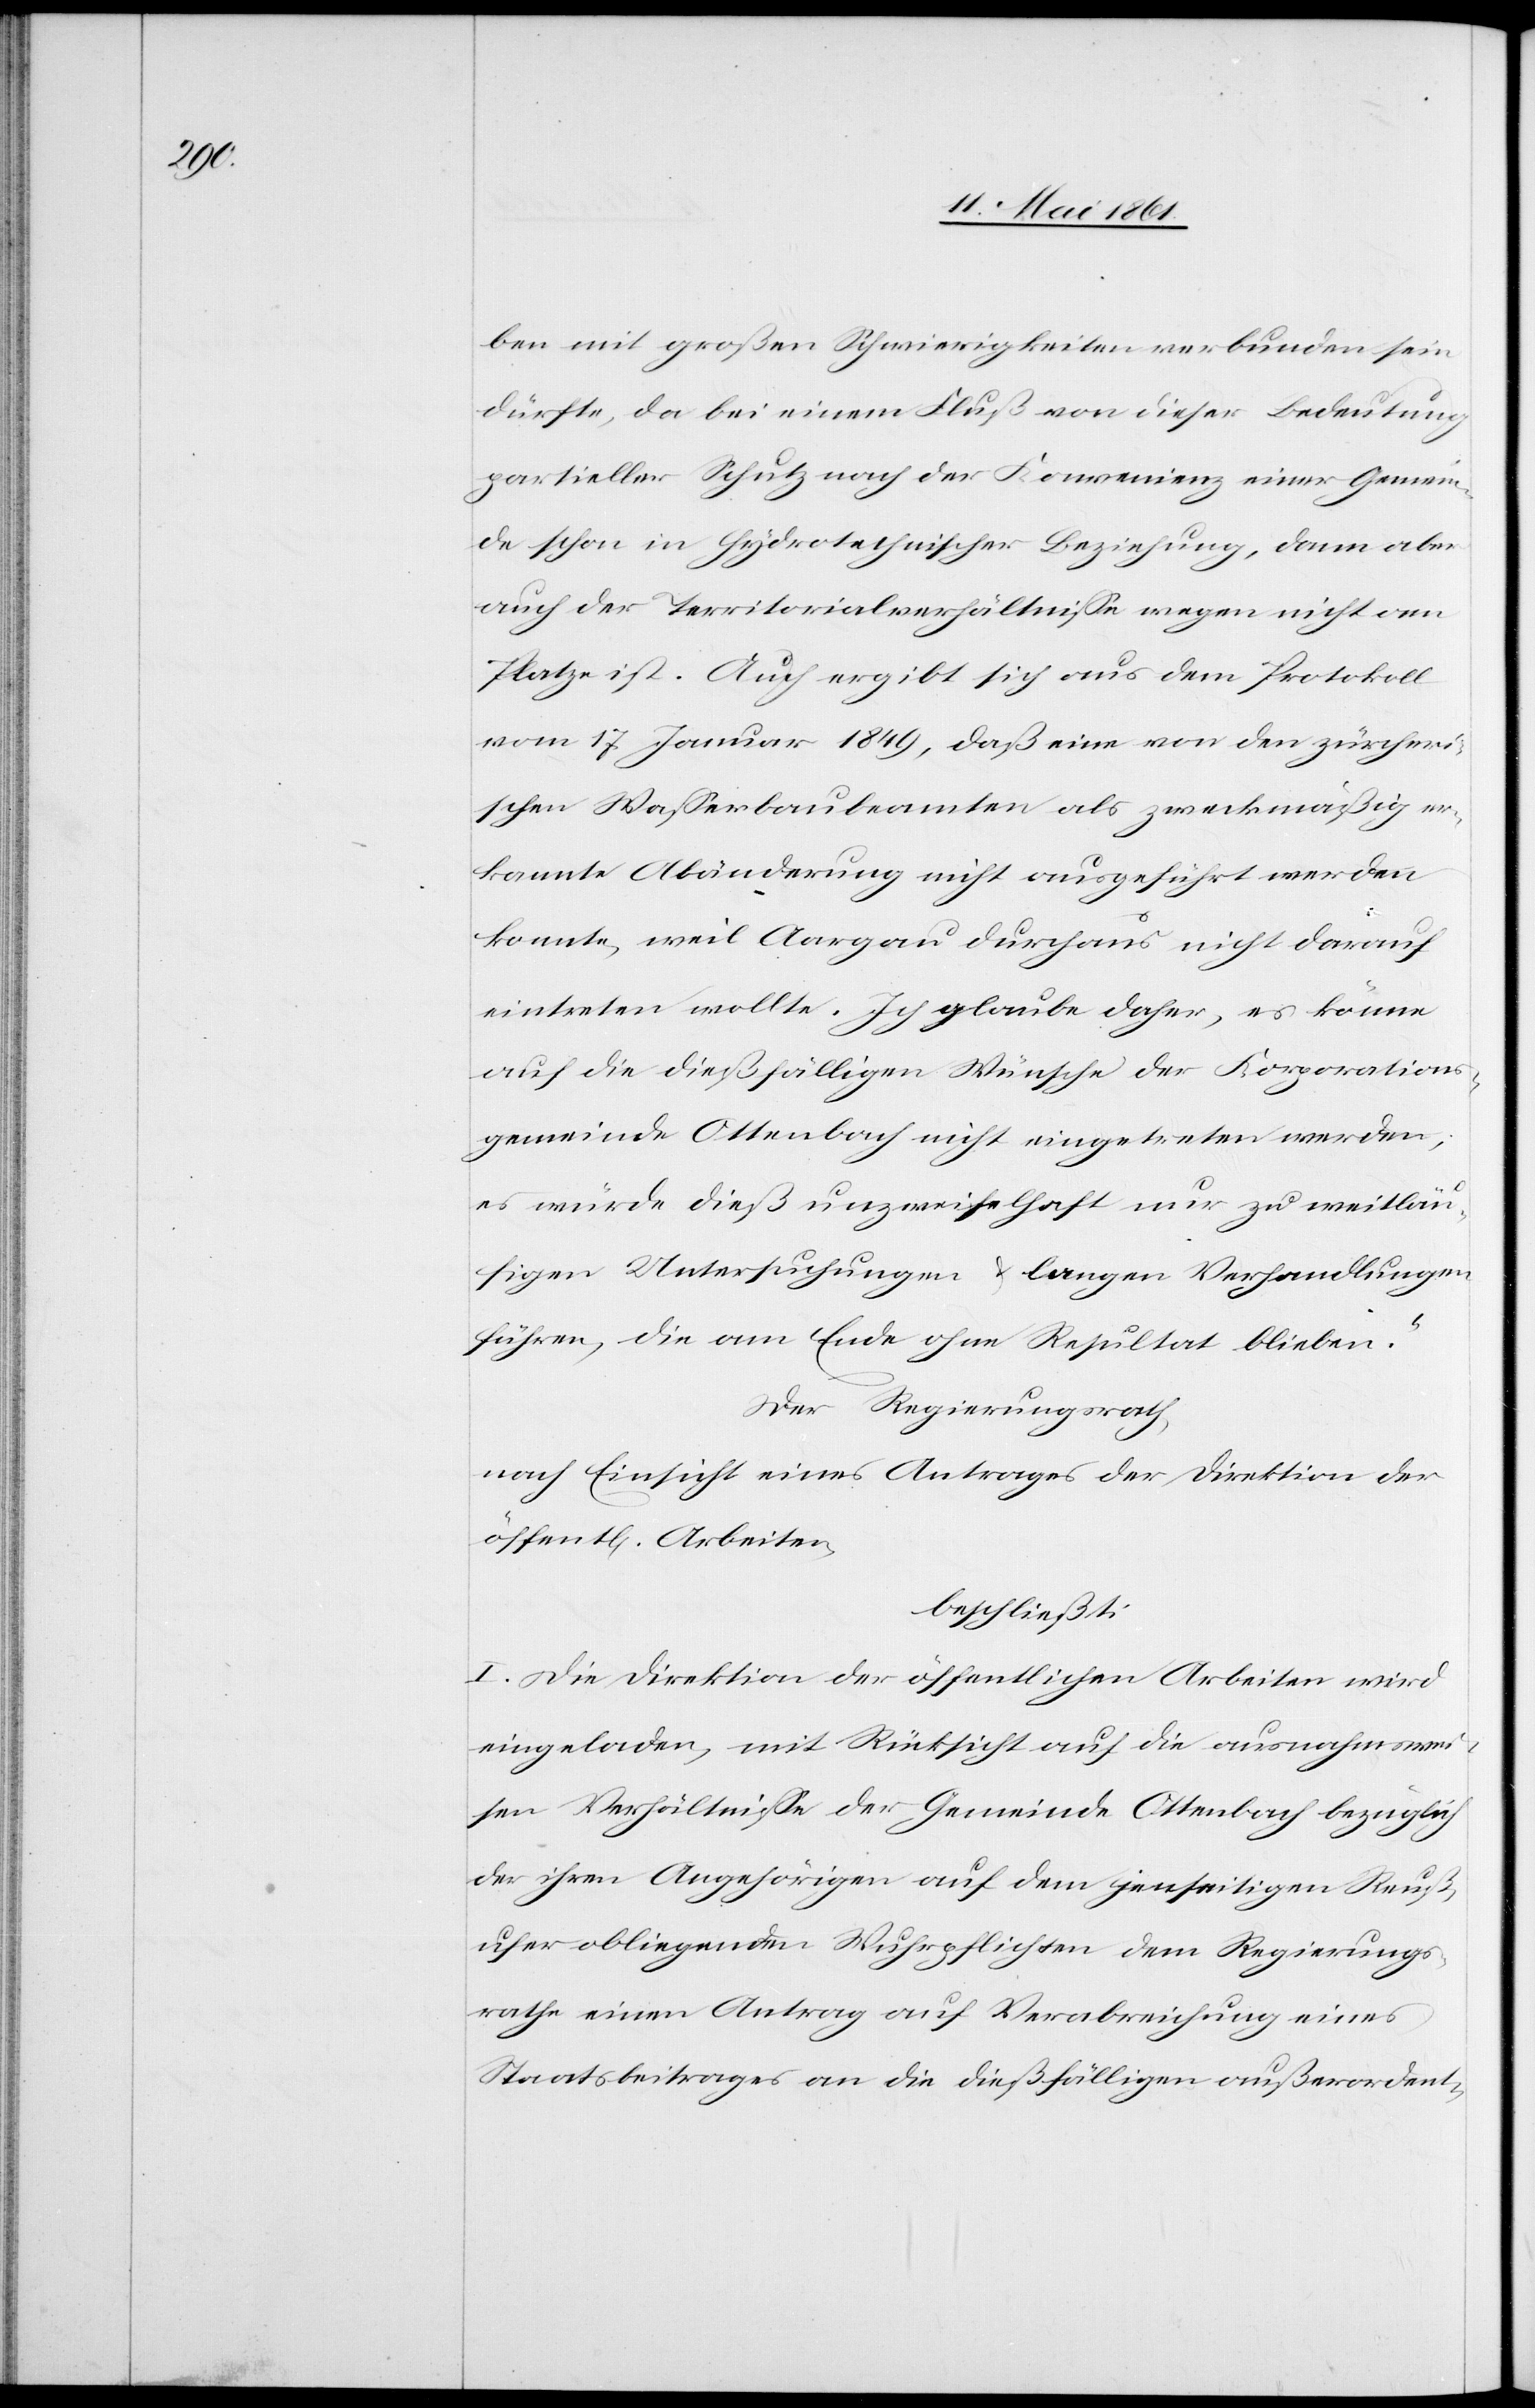
ben mit großen Schwierigkeiten verbunden sein
dürfte, da bei einem Fluß von dieser Bedeutung
partieller Schutz nach der Konvenienz einer Gemein¬
de schon in hydrotechnischer Beziehung, dann aber
auch der Territorialverhältnisse wegen nicht am
Platze ist. Auch ergibt sich aus dem Protokoll
vom 17. Januar 1849, daß eine von den zürcheri¬
schen Wasserbaubeamten als zweckmäßig er¬
kannte Abänderung nicht ausgeführt werden
konnte, weil Aargau durchaus nicht darauf
eintreten wollte. Ich glaube daher, es könne
auf die dießfälligen Wünsche der Korporations¬
gemeinde Ottenbach nicht eingetreten werden;
es würde dieß unzweifelhaft nur zu weitläu¬
figen Untersuchungen u. langen Verhandlungen
führen, die am Ende ohne Resultat blieben.“
Der Regierungsrath,
nach Einsicht eines Antrages der Direktion der
öffent[lichen] Arbeiten,
beschließt:
I. Die Direktion der öffentlichen Arbeiten wird
eingeladen, mit Rücksicht auf die ausnahmswei¬
sen Verhältnisse der Gemeinde Ottenbach bezüglich
der ihren Angehörigen auf dem jenseitigen Reuß¬
ufer obliegenden Wuhrpflichten dem Regierungs¬
rathe einen Antrag auf Verabreichung eines
Staatsbeitrages an die dießfälligen außerordent-